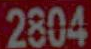
2804